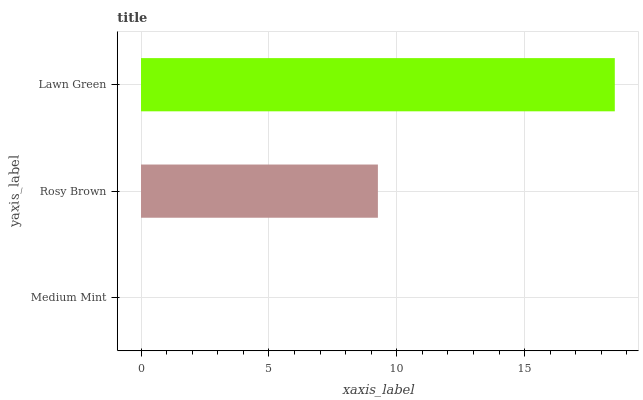
| yaxis_label | bars |
 | --- | --- |
 | Medium Mint | 0 |
 | Rosy Brown | 9.26 |
 | Lawn Green | 18.5 |